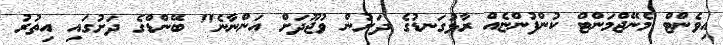
އިވެންޓް މެނޭޖްމަންޓް ކުންފުންޏެއް ރާޅުގަނޑުގެ ދަށުން ވުޖޫދަށް އަންނާނެ" ބޭންޑްގެ ދަށުގައި އިތުރު